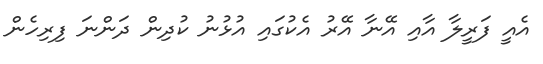
އެއީ ފަރީލާ އާއި އޭނާ އޭރު އެކުގައި އުޅުނު ކުދިން ދަންނަ ފިރިހެން